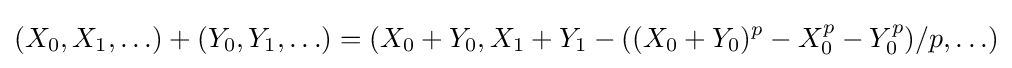
(X_{0},X_{1},\ldots )+(Y_{0},Y_{1},\ldots )=(X_{0}+Y_{0},X_{1}+Y_{1}-((X_{0}+Y_{0})^{p}-X_{0}^{p}-Y_{0}^{p})/p,\ldots )